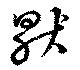
猒